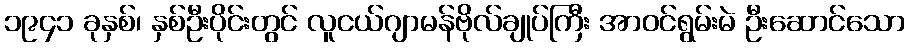
၁၉၄၁ ခုနှစ်၊ နှစ်ဦးပိုင်းတွင် လူငယ်ဂျာမန်ဗိုလ်ချုပ်ကြီး အာဝင်ရွမ်းမဲ ဦးဆောင်သော